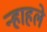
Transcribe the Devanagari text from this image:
न्हाहले